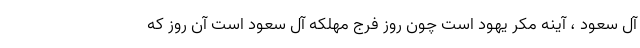
آل سعود ، آینه مکر یهود است چون روز فرج مهلکه آل سعود است آن روز که